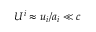
U ^ { i } \approx u _ { i } / a _ { i } \ll c